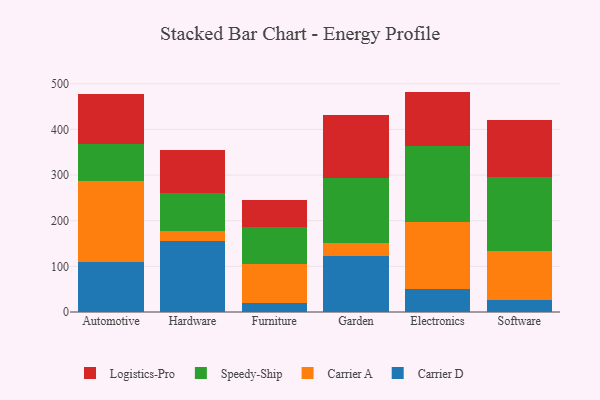
{"axis": {"x": "Category", "y": "Demand Index"}, "legend": ["Carrier A", "Carrier D", "Logistics-Pro", "Speedy-Ship"], "data": [{"x": "Automotive", "y": 108.5, "type": "Carrier D"}, {"x": "Automotive", "y": 177.5, "type": "Carrier A"}, {"x": "Automotive", "y": 81.6, "type": "Speedy-Ship"}, {"x": "Automotive", "y": 111.0, "type": "Logistics-Pro"}, {"x": "Hardware", "y": 154.7, "type": "Carrier D"}, {"x": "Hardware", "y": 22.5, "type": "Carrier A"}, {"x": "Hardware", "y": 82.4, "type": "Speedy-Ship"}, {"x": "Hardware", "y": 95.5, "type": "Logistics-Pro"}, {"x": "Furniture", "y": 20.0, "type": "Carrier D"}, {"x": "Furniture", "y": 85.0, "type": "Carrier A"}, {"x": "Furniture", "y": 81.0, "type": "Speedy-Ship"}, {"x": "Furniture", "y": 59.2, "type": "Logistics-Pro"}, {"x": "Garden", "y": 122.7, "type": "Carrier D"}, {"x": "Garden", "y": 28.5, "type": "Carrier A"}, {"x": "Garden", "y": 141.7, "type": "Speedy-Ship"}, {"x": "Garden", "y": 138.1, "type": "Logistics-Pro"}, {"x": "Electronics", "y": 51.4, "type": "Carrier D"}, {"x": "Electronics", "y": 144.7, "type": "Carrier A"}, {"x": "Electronics", "y": 166.8, "type": "Speedy-Ship"}, {"x": "Electronics", "y": 119.9, "type": "Logistics-Pro"}, {"x": "Software", "y": 27.3, "type": "Carrier D"}, {"x": "Software", "y": 106.6, "type": "Carrier A"}, {"x": "Software", "y": 162.2, "type": "Speedy-Ship"}, {"x": "Software", "y": 123.8, "type": "Logistics-Pro"}]}